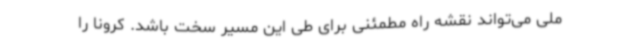
ملی می‌تواند نقشه راه مطمئنی برای طی این مسیر سخت باشد. ‌کرونا را